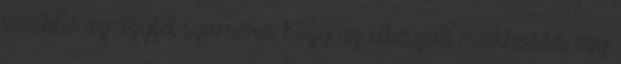
továbbá az ügyfél számára, hogy az elkészült értékbecslés egy